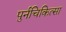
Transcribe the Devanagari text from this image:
पुर्नचिकित्सा